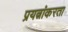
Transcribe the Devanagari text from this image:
प्रयत्नांकरता